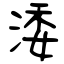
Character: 涹